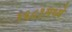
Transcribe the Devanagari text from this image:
१६८१मध्ये